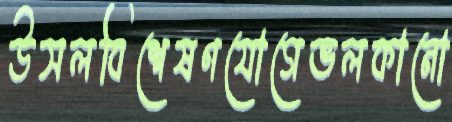
উসলবিশেষণযোগেভলকানো